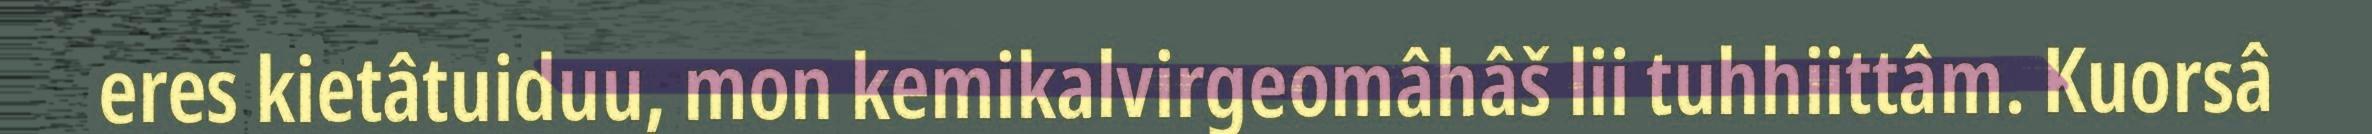
eres kietâtuiduu, mon kemikalvirgeomâhâš lii tuhhiittâm. Kuorsâ